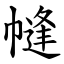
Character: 㡝